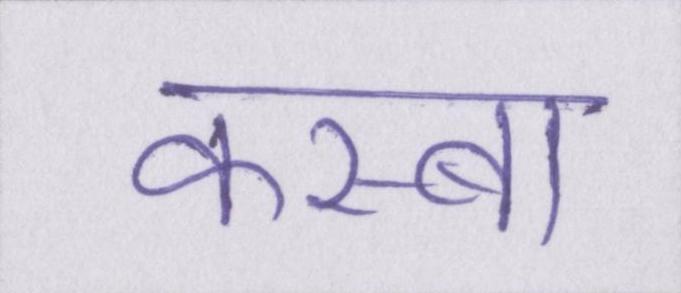
कस्बा